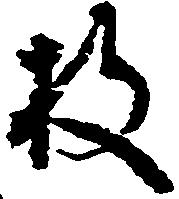
枚